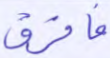
فافرق